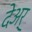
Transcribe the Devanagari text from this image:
देअर्